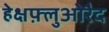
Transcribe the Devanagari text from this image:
हेक्षफ़्लुओरैद